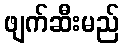
ဖျက်ဆီးမည်